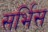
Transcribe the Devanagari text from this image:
सर्भिस